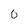
Character: 0